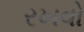
રખવો